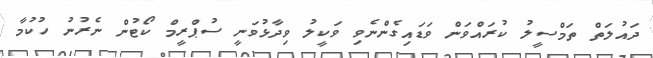
ދައުލަތް ތަމްސީލު ކުރައްވަން ވަޑައިގެންނެވި ވަކީލު ވިދާޅުވަނީ ސުޕްރީމް ކޯޓުން ނެރުނު ހުކުމާ